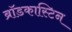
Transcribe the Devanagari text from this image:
ब्रॉडकास्टिन